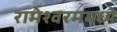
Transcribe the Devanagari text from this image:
रामेश्वरममध्ये